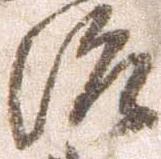
治